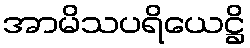
အာမိသပရိယေဋ္ဌိ